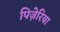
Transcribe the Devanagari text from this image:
पिज़ेरिया